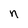
Character: n